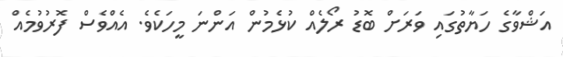
އަޝްވާގެ ހަޔާތުގައި ވަރަށް ބޮޑު ރޯލެއް ކުޅެމުން އަންނަ މީހަކެވެ. އެއްވެސް ފޮރުވުމެއް